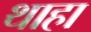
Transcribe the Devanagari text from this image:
थाहा